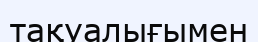
тақуалығымен